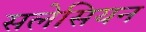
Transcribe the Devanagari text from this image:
सलेसियन